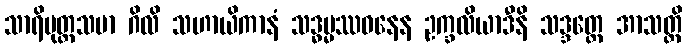
သာရိပုတ္တသမာ ဂိလိ သဟာယိကာနံ သဒ္ဓမ္မဿဝနေန ဥက္ခလိယာဒီနိ သဒ္ဒတ္ထေ အာသတ္တိ